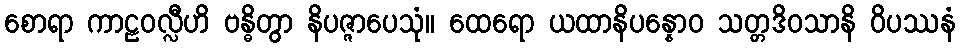
စောရာ ကာဠဝလ္လီဟိ ဗန္ဓိတွာ နိပဇ္ဇာပေသုံ။ ထေရော ယထာနိပန္နောဝ သတ္တဒိဝသာနိ ဝိပဿနံ